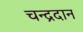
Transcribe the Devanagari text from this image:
चन्द्रदान